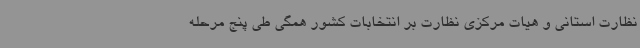
نظارت استانی و هیات مرکزی نظارت بر انتخابات کشور همگی طی پنج مرحله